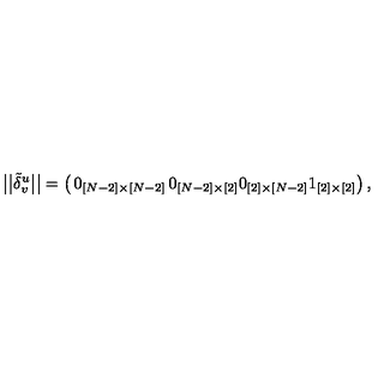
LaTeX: \big | \big | \tilde { \delta } _ { v } ^ { u } \big | \big | = \left( \begin{matrix} { 0 _ { [ N - 2 ] \times [ N - 2 ] } } & { 0 _ { [ N - 2 ] \times [ 2 ] } } \\ { 0 _ { [ 2 ] \times [ N - 2 ] } } & { 1 _ { [ 2 ] \times [ 2 ] } } \\ \end{matrix} \right) ,